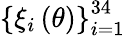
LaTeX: \left\{ \xi_{i}\left(\theta\right)\right\} _{i=1}^{34}